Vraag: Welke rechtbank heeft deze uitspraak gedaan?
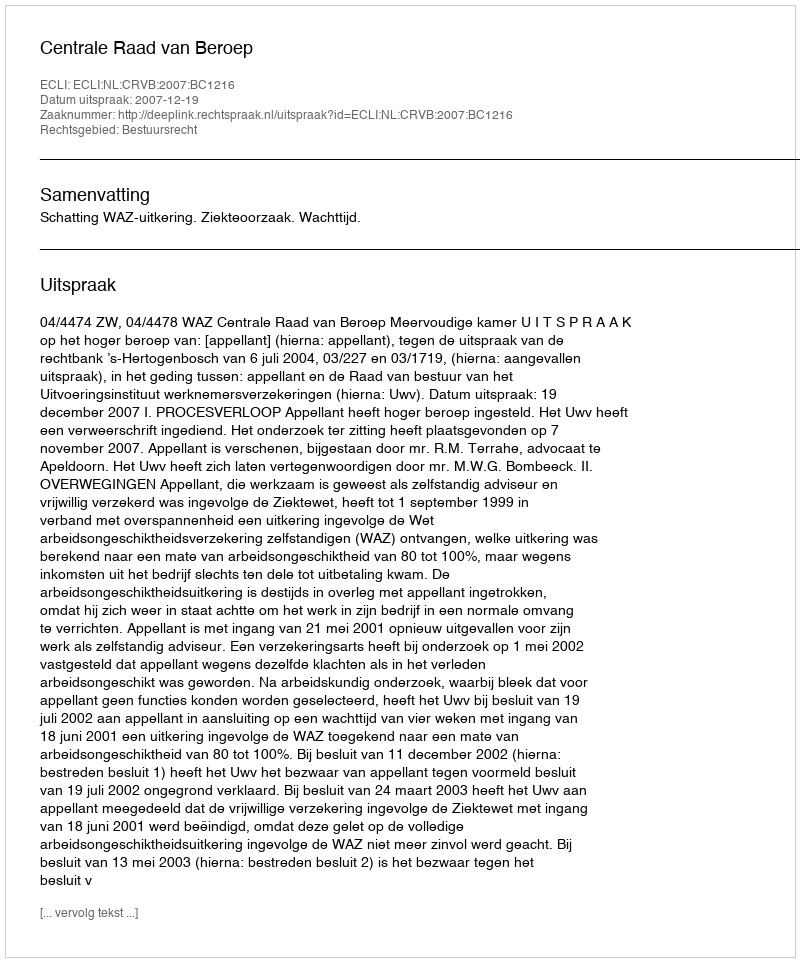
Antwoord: Centrale Raad van Beroep